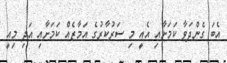
އެބަ ގެންދަވާ ކަމަށާއި އެއީ މި ސަރުކާރުގެ އަމާޒެއް ކަމަށާއި އަދި މިއީ